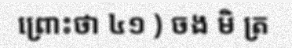
ព្រោះថា ៤១ ) ចង មិ ត្រ